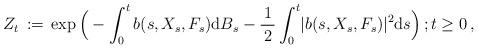
LaTeX: \begin{align*} Z_{t} \, :=\, \exp \Big ( - \int^{t}_{0} b(s, X_{s}, F_{s}) {\mathrm d} B_{s} - \frac{1}{\, 2\, }\int^{t}_{0} \lvert b(s, X_{s}, F_{s})\rvert^{2} {\mathrm d} s \Big) \, ; t \ge 0 \, , \end{align*}